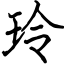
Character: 玲